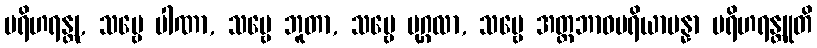
ပရိဟရန္တု, သဗ္ဗေ ပါဏာ, သဗ္ဗေ ဘူတာ, သဗ္ဗေ ပုဂ္ဂလာ, သဗ္ဗေ အတ္တဘာဝပရိယာပန္နာ ပရိဟရန္တူတိ